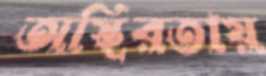
অস্থিরতায়